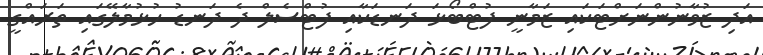
އަދި ޒުވާނުންނަށްޓަކައި ޒަމާނީ ފުޓްބޯޅަ ދަނޑަކާއި ފުޓްސެލް ދެ ދަނޑު ހުޅުމާލޭގައި ތަރައްގީ